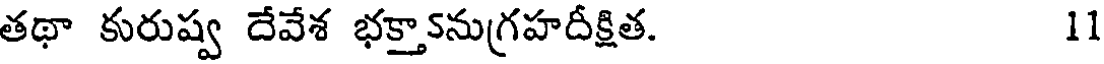
తథా కురుష్వ దేవేశ భక్తా5నుగ్రహదీక్షిత. 11